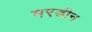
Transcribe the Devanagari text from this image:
मरडीन